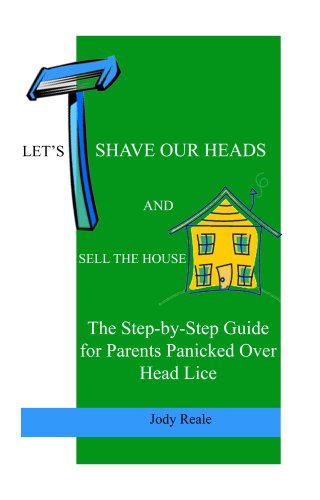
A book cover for Let's Shave Our Heads and Sell the House: The Step-by-Step Guide for Parents Panicked Over Head Lice; Jody Reale; Health, Fitness & Dieting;